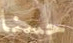
حسنا